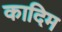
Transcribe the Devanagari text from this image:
कादिम